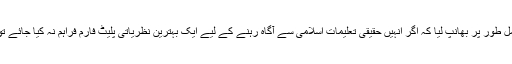
جس دور میں کمیونیزم کی تبلیغ عروج پر تھی اس دور میں آپ نے اس خطرے کو مکمل طور پر بھانپ لیا کہ اگر انہیں حقیقی تعلیمات اسلامی سے آگاہ رہنے کے لیے ایک بہترین نظریاتی پلیٹ فارم فراہم نہ کیا جائے تو انفرادی طور پر بعض افراد کی تربیت کے ذریعے اس مشکل کو حل کرنا ممکن نہیں۔